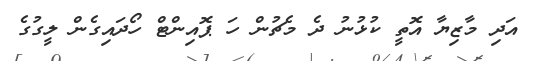
އަދި މާޒިޔާ އޮތީ ކުޅުނު ދެ މެޗުން ހަ ޕޮއިންޓް ހޯދައިގެން ލީގުގެ